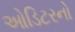
ઓડિટરનો